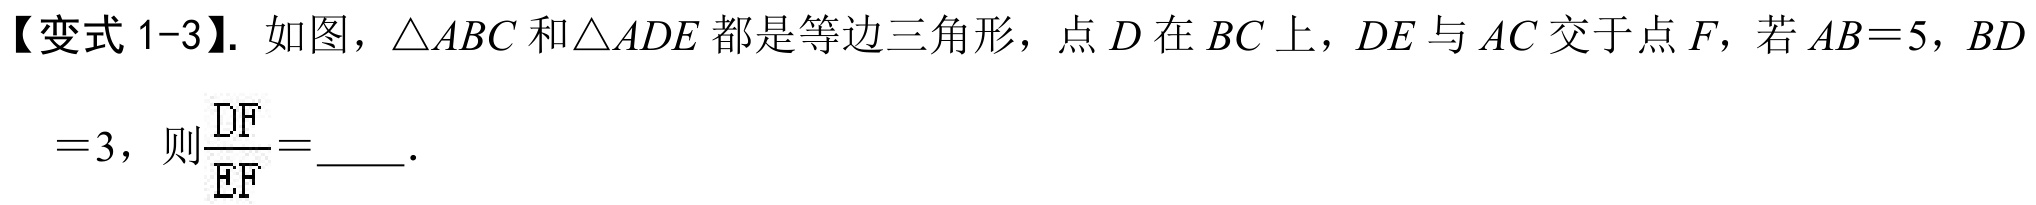
【变式1-3】. 如图，\(\triangle ABC\)和\(\triangle ADE\)都是等边三角形，点\(D\)在\(BC\)上，\(DE\)与\(AC\)交于点\(F\)，若\(AB = 5\)，\(BD=3\)，则\(\frac{DF}{EF}=\underline{\quad}\).